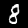
Digit: 8